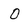
Character: O